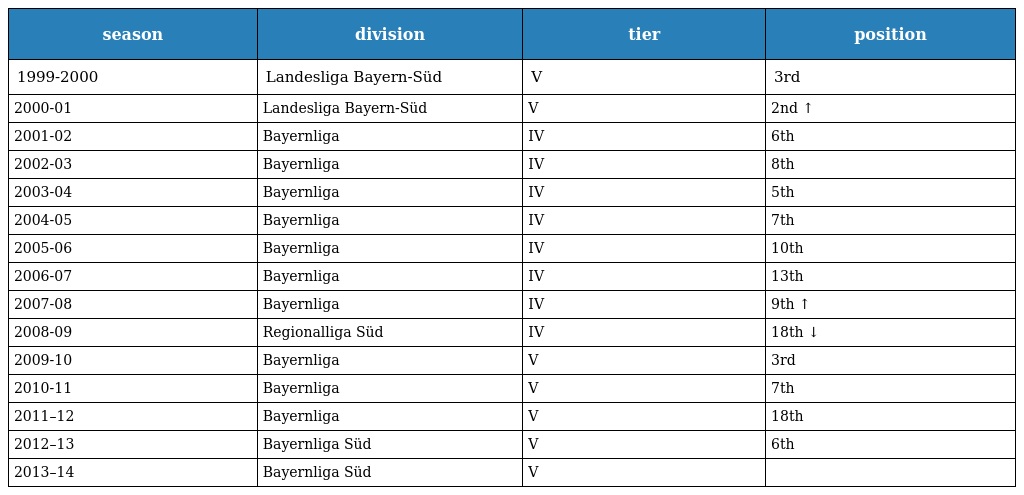
| season | division | tier | position |
 | --- | --- | --- | --- |
 | 1999-2000 | Landesliga Bayern-Süd | V | 3rd |
 | 2000-01 | Landesliga Bayern-Süd | V | 2nd ↑ |
 | 2001-02 | Bayernliga | IV | 6th |
 | 2002-03 | Bayernliga | IV | 8th |
 | 2003-04 | Bayernliga | IV | 5th |
 | 2004-05 | Bayernliga | IV | 7th |
 | 2005-06 | Bayernliga | IV | 10th |
 | 2006-07 | Bayernliga | IV | 13th |
 | 2007-08 | Bayernliga | IV | 9th ↑ |
 | 2008-09 | Regionalliga Süd | IV | 18th ↓ |
 | 2009-10 | Bayernliga | V | 3rd |
 | 2010-11 | Bayernliga | V | 7th |
 | 2011–12 | Bayernliga | V | 18th |
 | 2012–13 | Bayernliga Süd | V | 6th |
 | 2013–14 | Bayernliga Süd | V |  |